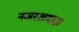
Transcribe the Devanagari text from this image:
नजरअदाज़